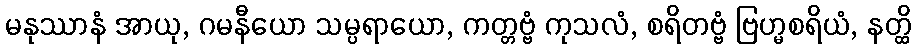
မနုဿာနံ အာယု, ဂမနီယော သမ္ပရာယော, ကတ္တဗ္ဗံ ကုသလံ, စရိတဗ္ဗံ ဗြဟ္မစရိယံ, နတ္ထိ